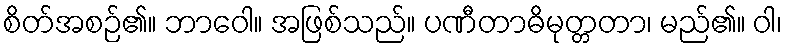
စိတ်အစဉ်၏။ ဘာဝေါ။ အဖြစ်သည်။ ပဏီတာဓိမုတ္တတာ၊ မည်၏။ ဝါ၊